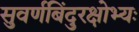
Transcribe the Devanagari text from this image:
सुवर्णबिंदुरक्षोभ्यः